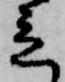
立